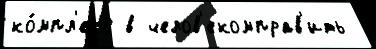
ко́мпл'екс в челов'екомправ'ить